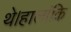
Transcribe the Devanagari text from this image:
थे।हालांकि